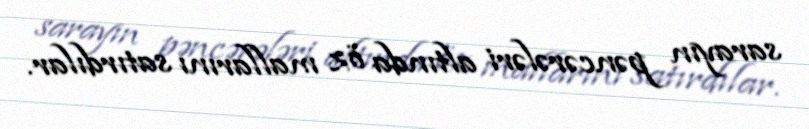
sarayın pəncərələri altında öz mallarını satırdılar.